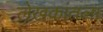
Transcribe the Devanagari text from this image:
लेखकांतला